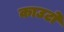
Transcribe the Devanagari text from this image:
काउटो